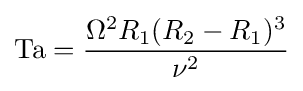
\mathrm {Ta} ={\frac {\Omega ^{2}R_{1}(R_{2}-R_{1})^{3}}{\nu ^{2}}}